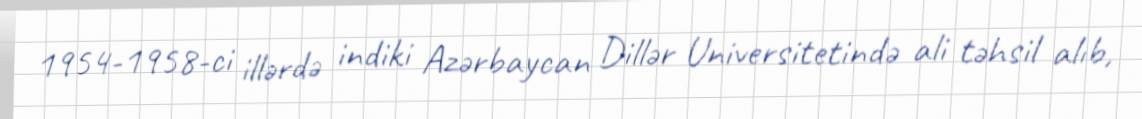
1954-1958-ci illərdə indiki Azərbaycan Dillər Universitetində ali təhsil alıb,